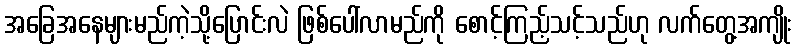
အခြေအနေများမည်ကဲ့သို့ပြောင်းလဲ ဖြစ်ပေါ်လာမည်ကို စောင့်ကြည့်သင့်သည်ဟု လက်တွေ့အကျိုး